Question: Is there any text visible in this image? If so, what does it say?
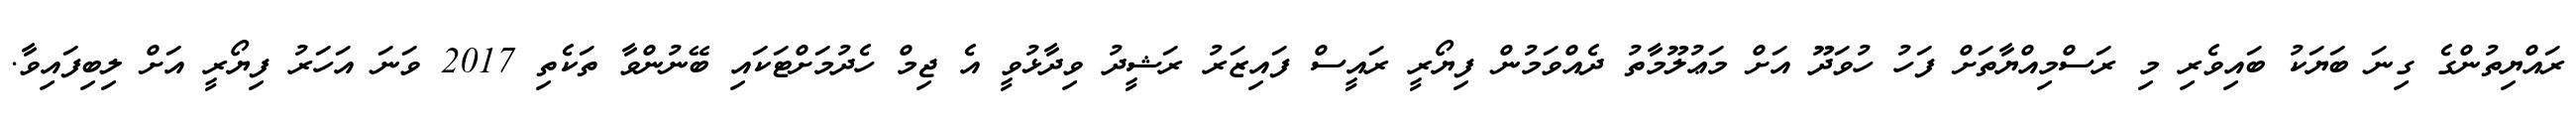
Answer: ރައްޔިތުންގެ ގިނަ ބަޔަކު ބައިވެރި މި ރަސްމިއްޔާތަށް ފަހު ހުވަދޫ އަށް މަޢުލޫމާތު ދެއްވަމުން ފިޔޯރީ ރައީސް ފައިޒަރު ރަޝީދު ވިދާޅުވީ އެ ޖިމް ހެދުމަށްޓަކައި ބޭނުންވާ ތަކެތި 2017 ވަނަ އަހަރު ފިޔޯރީ އަށް ލިބިފައިވާ.